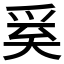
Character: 𭑑